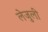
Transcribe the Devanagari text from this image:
लेजुली